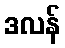
ဒလန်